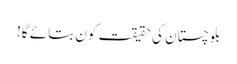
بلوچستان کی حقیقت کون بتائے گا!